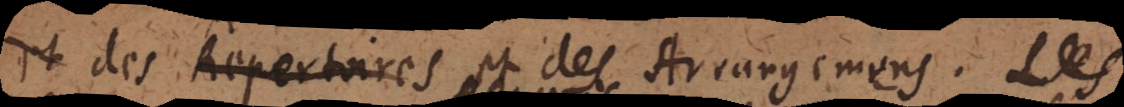
t des Repertoires et des Arrangemens. Les